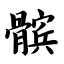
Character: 髌